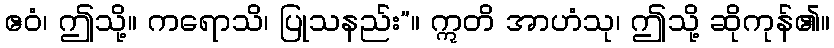
ဧဝံ၊ ဤသို့။ ကရောသိ၊ ပြုသနည်း”။ ဣတိ အာဟံသု၊ ဤသို့ ဆိုကုန်၏။